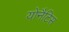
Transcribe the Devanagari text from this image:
योनैटिस